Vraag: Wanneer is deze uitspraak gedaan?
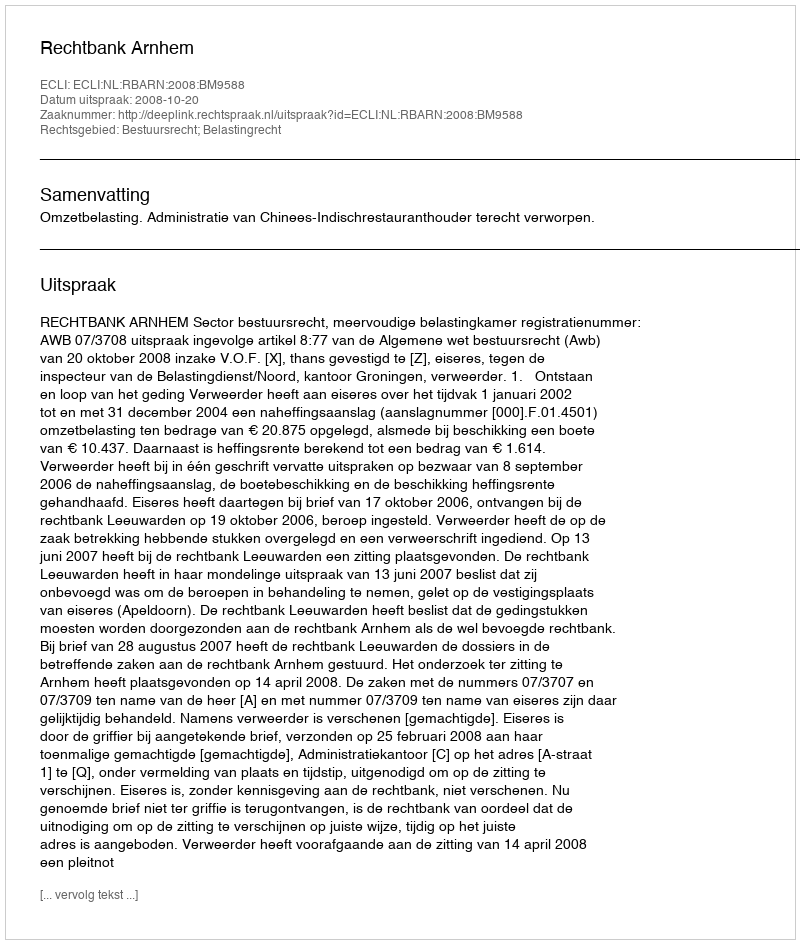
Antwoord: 2008-10-20